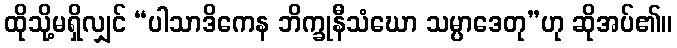
ထိုသို့မရှိလျှင် “ပါသာဒိကေန ဘိက္ခုနီသံဃော သမ္ပာဒေတု”ဟု ဆိုအပ်၏။